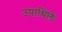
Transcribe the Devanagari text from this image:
उपाधिले